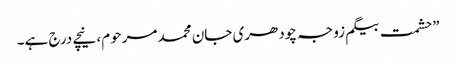
”حشمت بیگم زوجہ چودھری جان محمد مرحوم، نیچے درج ہے۔